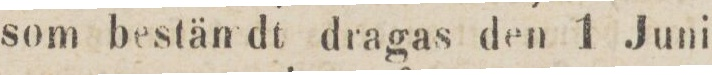
som bestämdt dragas den 1 Juni